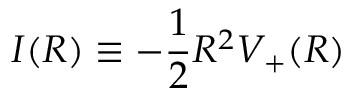
I ( R ) \equiv - { \frac { 1 } { 2 } } R ^ { 2 } V _ { + } ( R )